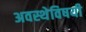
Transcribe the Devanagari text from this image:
अवस्थेविषयी